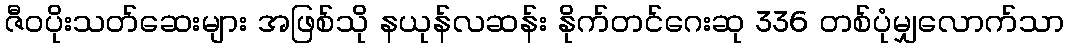
ဇီဝပိုးသတ်ဆေးများ အဖြစ်သို နယုန်လဆန်း နိုက်တင်ဂေးဆု 336 တစ်ပုံမျှလောက်သာ